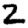
Digit: 2